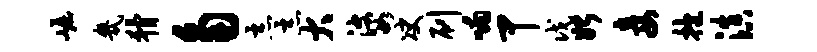
崛几猾角恶恶大婆决刷喃甲戊始妾抱滇